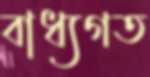
বাধ্যগত